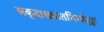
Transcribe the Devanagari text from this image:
सकृदाख्यातनिर्गाह्या